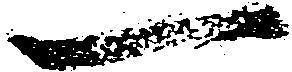
一